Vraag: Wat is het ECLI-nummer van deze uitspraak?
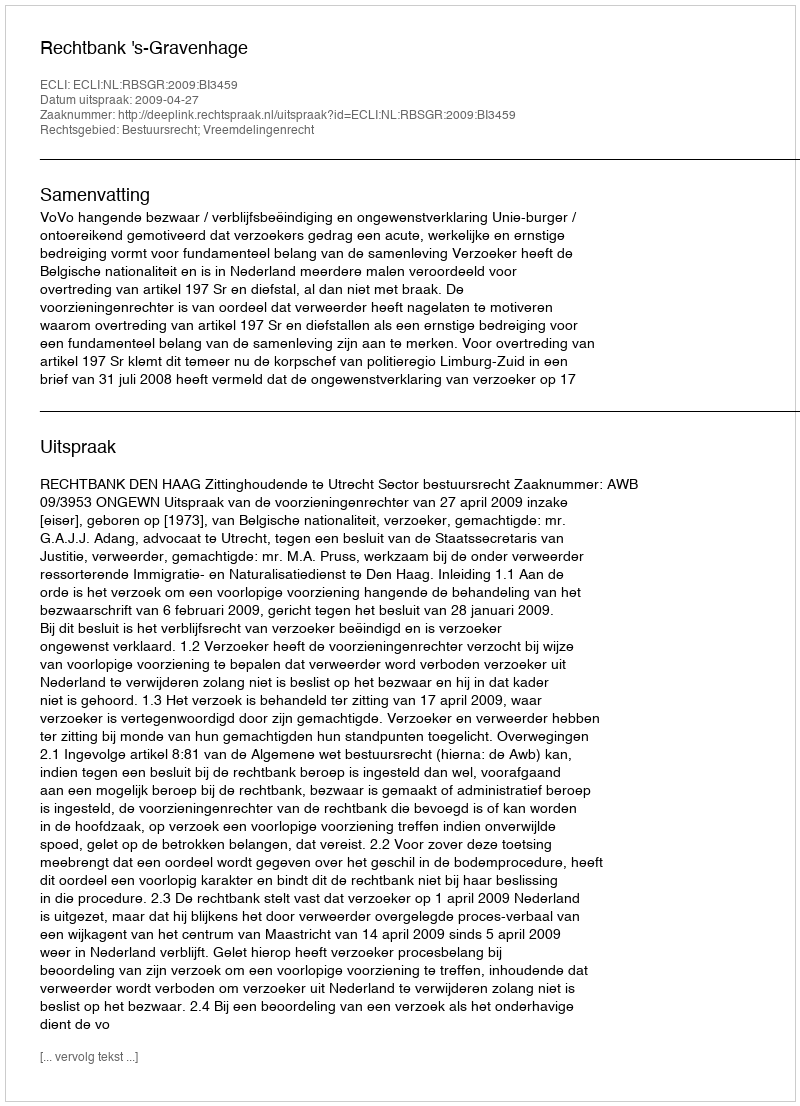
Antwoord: ECLI:NL:RBSGR:2009:BI3459